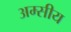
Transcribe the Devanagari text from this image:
अम्सीय